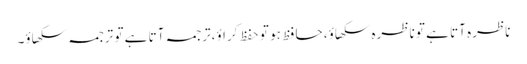
ناظرہ آتا ہے تو ناظرہ سکھاؤ، حافظ ہو تو حفظ کراؤ،ترجمہ آتا ہے تو ترجمہ سکھاؤ۔